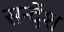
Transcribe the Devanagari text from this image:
सन्देंश